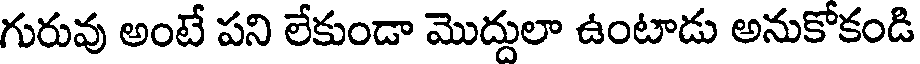
గురువు అంటే పని లేకుండా మొద్దులా ఉంటాడు అనుకోకండి